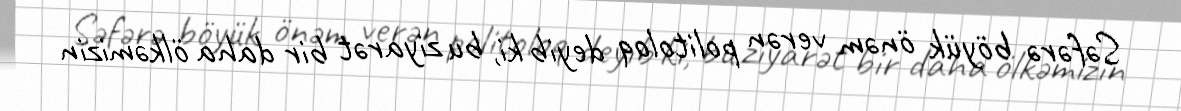
Səfərə böyük önəm verən politoloq deyib ki, bu ziyarət bir daha ölkəmizin